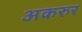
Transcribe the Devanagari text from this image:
अकरुर